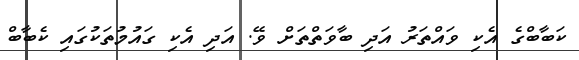
ކަބާބްގެ އެކި ވައްތަރު އަދި ބާވަތްތަށް ވޭ. އަދި އެކި ގައުމުތަކުގައި ކެބާބް